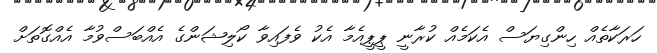
ހަރަކާތެއް ހިންގިޔަސް އެކަމެއް ކުރާނީ ޕީޕީއެމާ އެކު ވެފައިވާ ކޯލިޝަންގެ އެއްބަސްވުމާ އެއްގޮތަށް